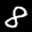
Label: 8